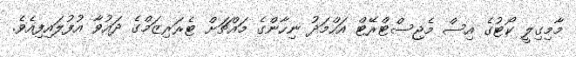
މާމިގިލީ ކޯޓުގެ އިސް މެޖިސްޓްރޭޓް އަހްމަދު ނިހާންގެ މައްޗަށް ޓެރަރިޒަމްގެ ދައުވާ އުފުލައިފިއެވެ.